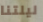
ليلتنا